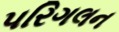
પરિગલન